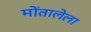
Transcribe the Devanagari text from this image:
मोंतालेला